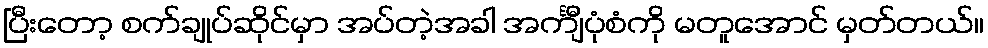
ပြီးတော့ စက်ချုပ်ဆိုင်မှာ အပ်တဲ့အခါ အင်္ကျီပုံစံကို မတူအောင် မှတ်တယ်။